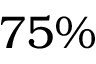
7 5 \%